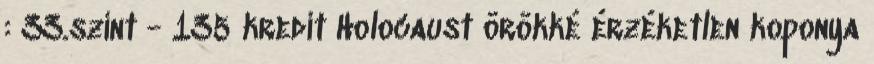
: 33.szint - 135 kredit Holocaust örökké érzéketlen koponya